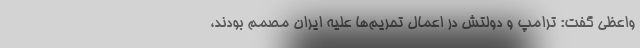
واعظی گفت: ترامپ و دولتش در اعمال تحریم‌ها علیه ایران مصمم بودند،